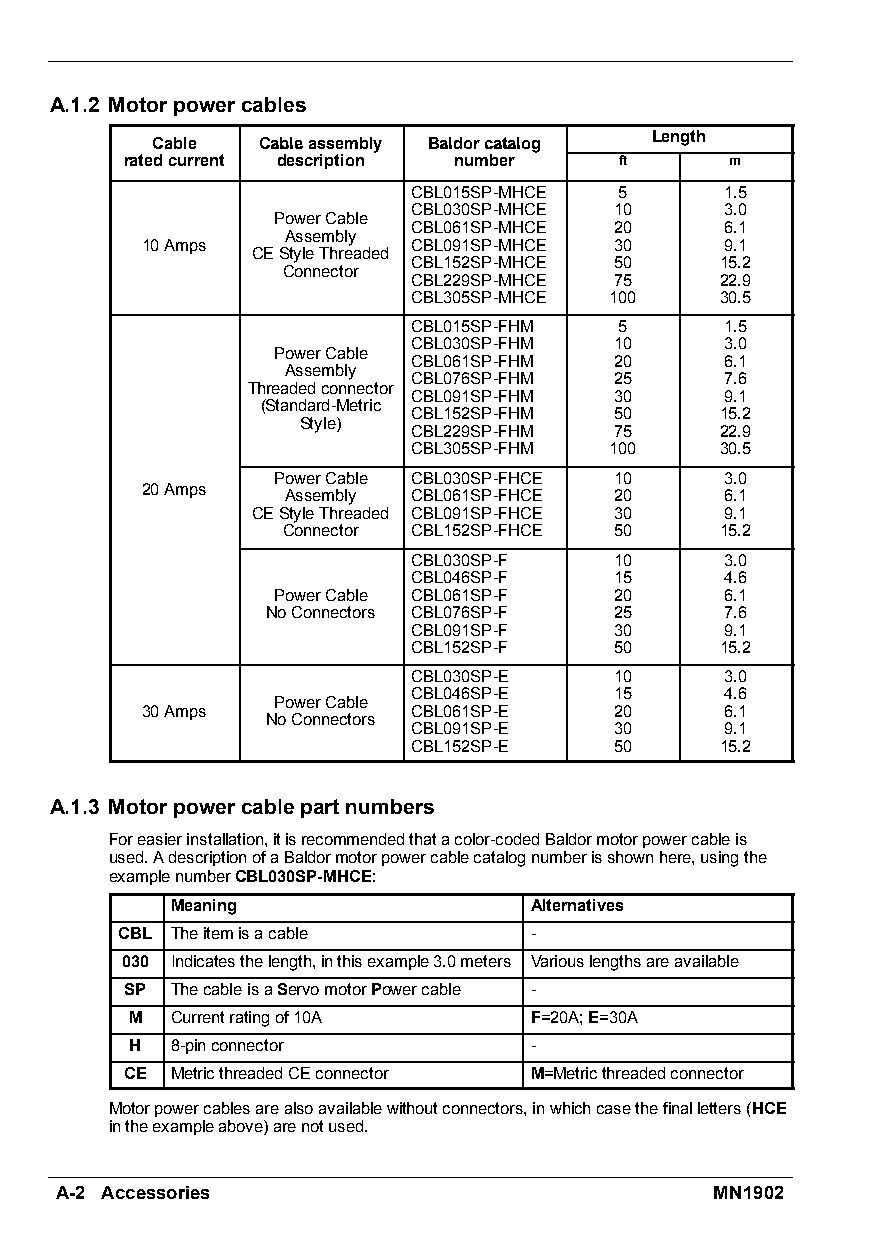
A.1.2 Motorpowercables
 Length
 CCaabbllee CCaabblleeaasssseemmbbllyy BBaallddoorrccaattaalloogg
 ratedcurrent description number  ft     m
 CBL015SP-MHCE 5      1.5
 CBL030SP-MHCE 10     3.0
 PowerCable
 CBL061SP-MHCE 20     6.1
 Assembly
 10Amps            CBL091SP-MHCE 30     9.1
 CEStyleThreaded
 CBL152SP-MHCE 50     15.2
 Connector
 CBL229SP-MHCE 75     22.9
 CBL305SP-MHCE 100    30.5
 CBL015SP-FHM  5      1.5
 CBL030SP-FHM  10     3.0
 PowerCable
 CBL061SP-FHM  20     6.1
 Assembly
 CBL076SP-FHM  25     7.6
 Threadedconnector
 CBL091SP-FHM  30     9.1
 (Standard-Metric
 CBL152SP-FHM  50     15.2
 Style)
 CBL229SP-FHM  75     22.9
 CBL305SP-FHM 100     30.5
 PowerCable CBL030SP-FHCE 10   3.0
 20Amps
 Assembly CBL061SP-FHCE 20    6.1
 CEStyleThreaded CBL091SP-FHCE 30 9.1
 Connector CBL152SP-FHCE 50   15.2
 CBL030SP-F    10     3.0
 CBL046SP-F    15     4.6
 PowerCable CBL061SP-F  20     6.1
 NoConnectors CBL076SP-F 25    7.6
 CBL091SP-F    30     9.1
 CBL152SP-F    50     15.2
 CBL030SP-E    10     3.0
 CBL046SP-E    15     4.6
 PowerCable
 30Amps            CBL061SP-E    20     6.1
 NoConnectors
 CBL091SP-E    30     9.1
 CBL152SP-E    50     15.2
 A.1.3 Motorpowercablepartnumbers
 Foreasierinstallation,itisrecommendedthatacolor-codedBaldormotorpowercableis
 used.AdescriptionofaBaldormotorpowercablecatalognumberisshownhere,usingthe
 examplenumberCBL030SP-MHCE:
 Meaning                 Alternatives
 CBL Theitemisacable        -
 030 Indicatesthelength,inthisexample3.0meters Variouslengthsareavailable
 SP ThecableisaServomotorPowercable -
 M Currentratingof10A      F=20A;E=30A
 H 8-pinconnector          -
 CE MetricthreadedCEconnector M=Metricthreadedconnector
 Motorpowercablesarealsoavailablewithoutconnectors,inwhichcasethefinalletters(HCE
 intheexampleabove)arenotused.
 A-2 Accessories                            MN1902